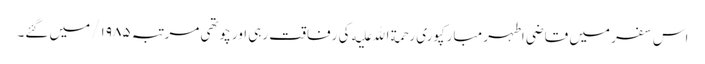
اس سفر میں قاضی اطہر مبارکپوری رحمة الله علیه کی رفاقت رہی اور چوتھی مرتبہ ۱۹۸۵/ میں گئے۔